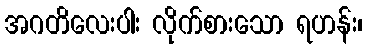
အဂတိလေးပါး လိုက်စားသော ရဟန်း၊